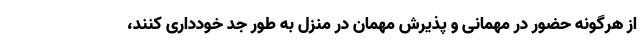
از هرگونه حضور در مهمانی و پذیرش مهمان در منزل به طور جد خودداری کنند،